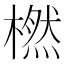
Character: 橪